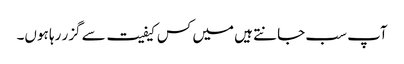
آپ سب جانتے ہیں میں کس کیفیت سے گزر رہا ہوں۔